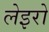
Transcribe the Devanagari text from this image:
लेइरो